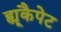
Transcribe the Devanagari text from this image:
ह्यूकैपेट